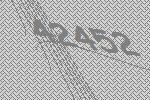
42452